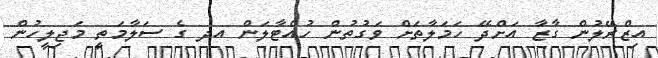
އިޒްރޭލުން ގާޒާ އަށްދޭ ހަމަލާތަށް ވަގުތުން ހުއްޓާލަން އދ ގެ ސަލާމަތީ މަޖިލީހުން